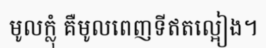
មូលក្លុំ គឺមូលពេញទីឥតល្អៀង។